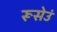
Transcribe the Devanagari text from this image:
रूसेउं